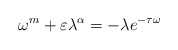
\begin{align*} \omega^m + \varepsilon \lambda^\alpha = - \lambda e^{- \tau \omega} \end{align*}